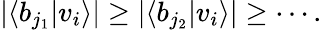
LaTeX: \left|\left\langle b_{j_{1}}|v_{i}\right\rangle\right|\geq\left|\left\langle b_{j_{2}}|v_{i}\right\rangle\right|\geq\cdots.